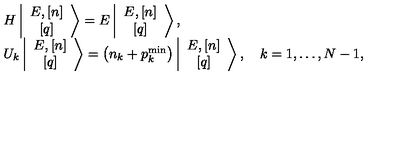
\begin{array} { l } { H \left\vert \begin{array} { c } { E , \left[ n \right] } \\ { \left[ q \right] } \\ \end{array} \right> = E \left\vert \begin{array} { c } { E , \left[ n \right] } \\ { \left[ q \right] } \\ \end{array} \right> , } \\ { { U } _ { k } \left\vert \begin{array} { c } { E , \left[ n \right] } \\ { \left[ q \right] } \\ \end{array} \right> = \left( n _ { k } + p _ { k } ^ { \mathrm { m i n } } \right) \left\vert \begin{array} { c } { E , \left[ n \right] } \\ { \left[ q \right] } \\ \end{array} \right> , \quad k = 1 , \ldots , N - 1 , } \\ \end{array}